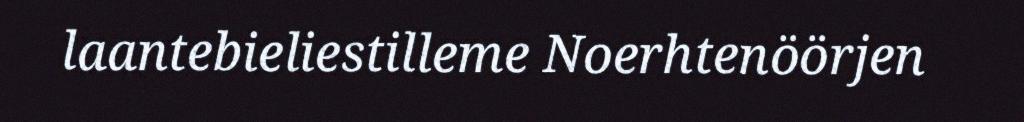
laantebieliestilleme Noerhtenöörjen